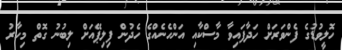
ހޮލީވުޑުގެ ފެންވަރަށް ހަދާފައިވާ މާސްކާއި އަންހެނެއްގެ ހެދުން ފިލިޕޭއަށް ލިބުނު ގޮތް މިހާރު